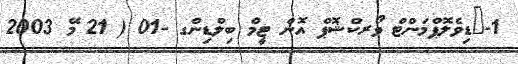
1-	ޑިވެލޮޕްމަންޓް ވޯރކްޝޮޕް އޮން ޓީމް ބިލްޑިންގ -01 ( 21 މޭ 2003